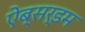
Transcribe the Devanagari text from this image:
ऐब्सर्डम